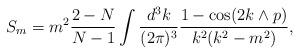
LaTeX: \begin{align*}S_m= m^2\frac{2-N}{N-1}\int\frac{d^3k}{(2\pi)^3}\frac{1-\cos(2k\wedge p)}{k^2(k^2-m^2)},\end{align*}